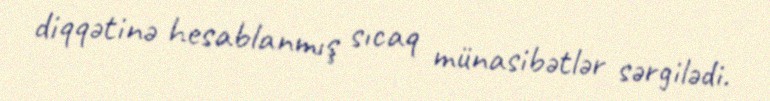
diqqətinə hesablanmış sıcaq münasibətlər sərgilədi.